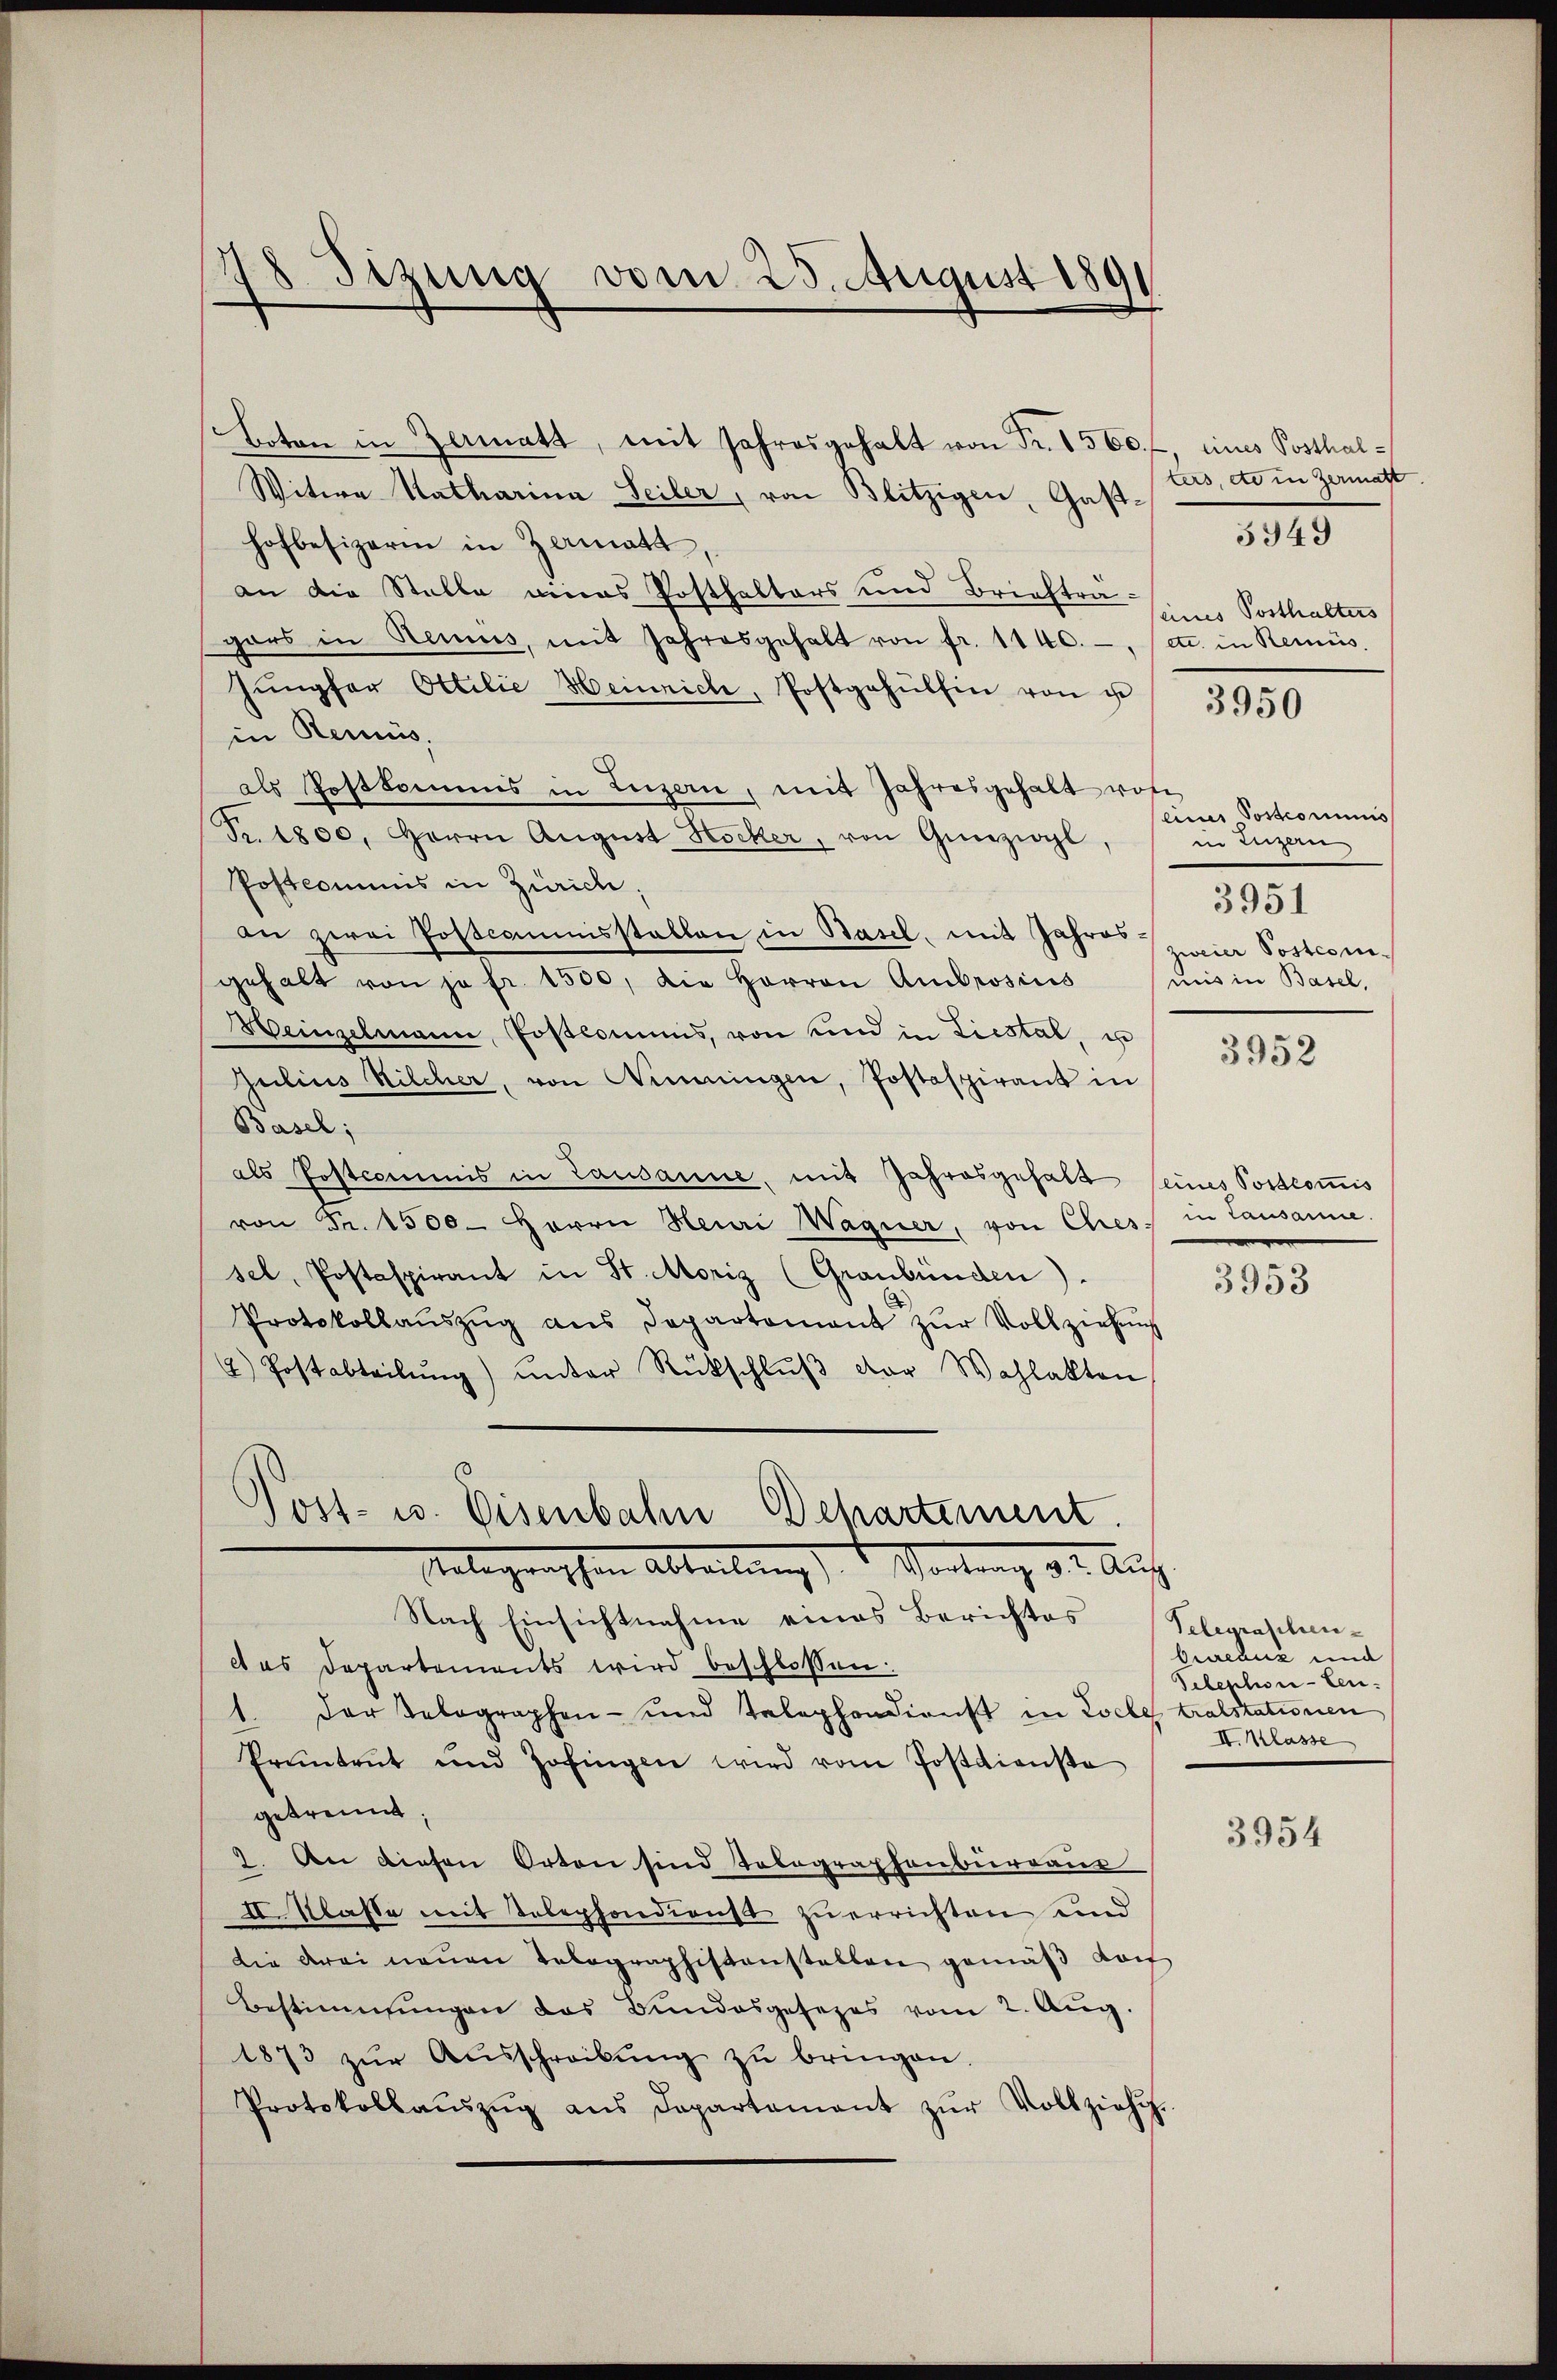
28. Sizung vom 25. August 1891

Boten in Zermatt, mit Jahresgehalt von Fr. 1560.
Witwe Katharina Seiler, von Blitzigen, Gasthofbesizern in Zermatt
an die Stelle eines Posthalters und Briefträgars in Remus, mit Jahresgehalt von fr. 1140.- etc. in Reinis
Jŭngfer Ottilie Heinrich, Postgehülfen von u
in Remis.
als Postkommis in Luzern, mit Jahresgehalt wofe
Nr. 1800. Herrn August Stocker, von Gunzial
Postcommis in Zürich
an zwei Postcommisstalten in Basel, mit Jahres-
gehalt von je fr. 1500, die Herren Ambrosius
Weinzelmann, Postkommis, von und in Liestal, in
Julius Kilcher, von Dimmingen, Postaspirant in
Basel;
als Postcommis in Lausanne, mit Jahresgehalt seines Postcommis
von Fr. 1500. Herrn Heuri Wagner, von Chres in Lausanne
sel, Postaspirant in St. Moriz (Graubünden).
Protokollaŭszŭg ans Departamant zŭr Vollziehŭng
4) Postabteilŭng ŭnter Rückschlŭβ der Wahlakten
Post- u. Eisenbahn Departement.
Anlegenschen Abteilung) 1 Vortrag d. 2. Auf
Nach Einsichtnahme eines Berichtes
lt es Departements wird beschlossen:
1. Der Belographen- und Telephondienst in Loche tralstationen
Eruntrut und Zofingen wird vom Postdiensta
getrennt;
2. An diesen Orten sind Tolographenbureaus
II. Klasse mit Telephondienst zu errichten und
Die drei neuen Telegraphistenstallen gemäß da
Bestimmungen das Bundesgesezes vom 2. Aŭg.
1873 zŭr Aŭsschreibŭng zŭ bringen.
Protokollaŭszŭg ans Departament zŭr Vollziehu

eines Posthalters, etc in Zermatt
eines Posthalters

3949

3950

eines Postcommis
in Luzern
3951
zweier Postcom
uis in Basel,

3952

3953

Telegraschen-
Greaux und
Telephon-Len.
II. Klasse

3954